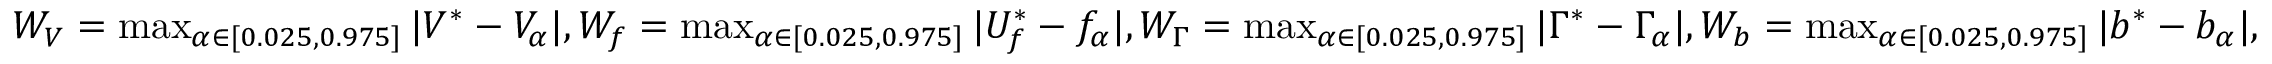
\begin{array} { r } { W _ { V } = \operatorname* { m a x } _ { \alpha \in [ 0 . 0 2 5 , 0 . 9 7 5 ] } | V ^ { * } - V _ { \alpha } | , W _ { f } = \operatorname* { m a x } _ { \alpha \in [ 0 . 0 2 5 , 0 . 9 7 5 ] } | U _ { f } ^ { * } - f _ { \alpha } | , W _ { \Gamma } = \operatorname* { m a x } _ { \alpha \in [ 0 . 0 2 5 , 0 . 9 7 5 ] } | \Gamma ^ { * } - \Gamma _ { \alpha } | , W _ { b } = \operatorname* { m a x } _ { \alpha \in [ 0 . 0 2 5 , 0 . 9 7 5 ] } | b ^ { * } - b _ { \alpha } | , } \end{array}